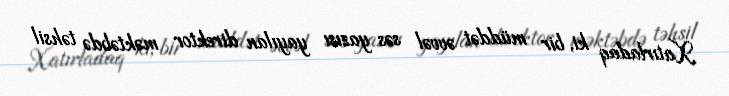
Xatırladaq ki, bir müddət əvvəl səs yazısı yayılan direktor məktəbdə təhsil